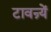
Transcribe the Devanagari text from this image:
टावन्र्यें